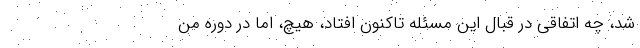
شد، چه اتفاقی در قبال این مسئله تاکنون افتاد، هیچ، اما در دوره من